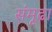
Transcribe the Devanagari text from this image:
संमूढा